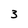
Character: 3